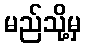
မည်သို့မှ